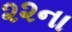
૨૨ના